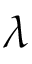
\lambda